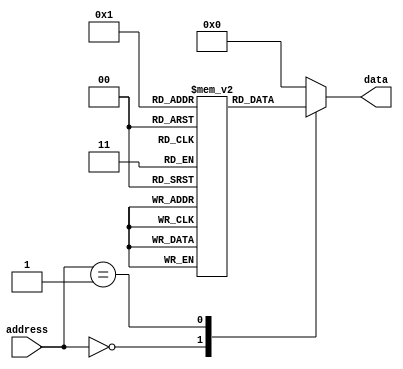
module AntiFuse_ROM (
    input wire [ADDRESS_WIDTH-1:0] address,
    output reg [DATA_WIDTH-1:0] data
);

parameter ADDRESS_WIDTH = 8;
parameter DATA_WIDTH = 4;

reg [DATA_WIDTH-1:0] memory [0:2**ADDRESS_WIDTH-1];

always @(*) begin
    case(address)
        8'b00000000 : data = memory[0];
        8'b00000001 : data = memory[1];
        // Add more cases for each memory block here
        default      : data = 0;
    endcase
end

endmodule